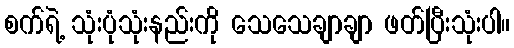
စက်ရဲ့ သုံးပုံသုံးနည်းကို သေသေချာချာ ဖတ်ပြီးသုံးပါ။